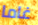
غاما